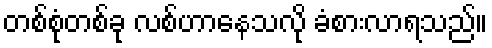
တစ်စုံတစ်ခု လစ်ဟာနေသလို ခံစားလာရသည်။